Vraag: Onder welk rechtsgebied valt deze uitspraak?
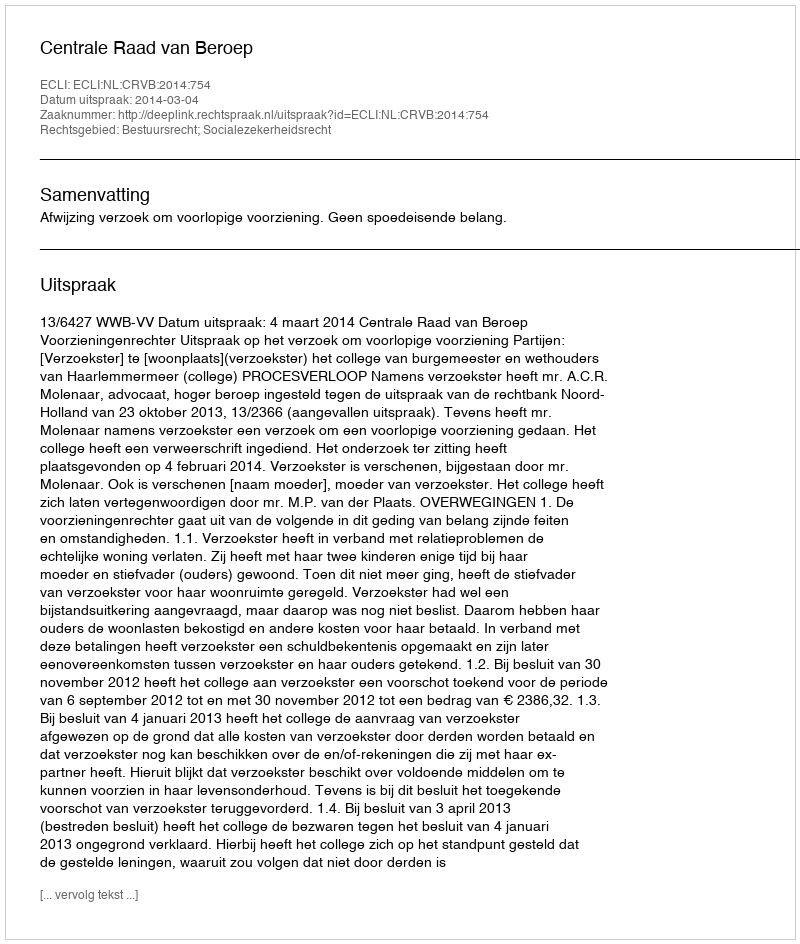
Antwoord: Bestuursrecht; Socialezekerheidsrecht